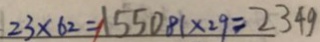
2 3 \times 6 2 = 1 5 5 0 8 1 \times 2 9 = 2 3 4 9